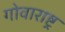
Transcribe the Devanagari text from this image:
गोवाराष्ट्र